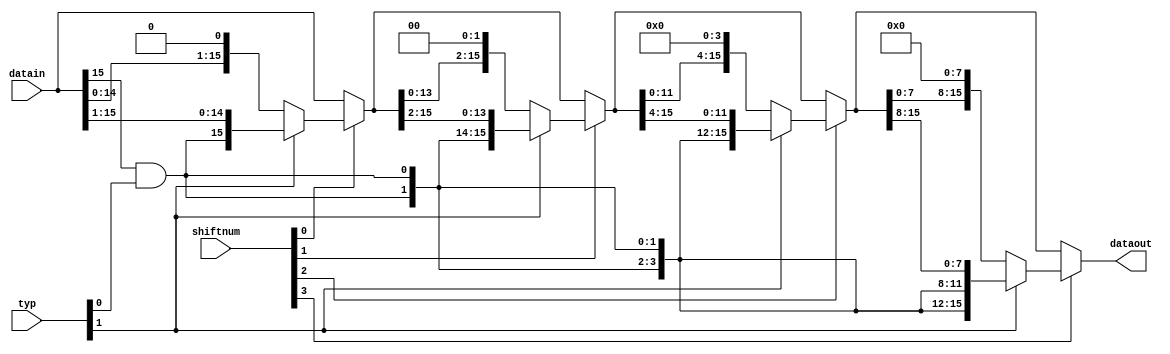
/*
Type: 00/01=Left Shift
10=Right Shift, 0 Filled
11=Right Shift,with symbol extent
*/
module bshifter16
(
    input [15:0]datain,
    input [1:0]typ,
    input [3:0]shiftnum,
    output [15:0]dataout
);
wire [15:0]shift0;
wire [15:0]shift1;
wire [15:0]shift2;
wire [15:0]shift3;
assign shift0=(
    (shiftnum[0])?
    (typ[1]?{{1{datain[15]&typ[0]}},datain[15:1]}:{datain[14:0],1'b0}):
    (datain));
assign shift1=(
    (shiftnum[1])?
    (typ[1]?{{2{datain[15]&typ[0]}},shift0[15:2]}:{shift0[13:0],2'b0}):
    (shift0)
    );
assign shift2=(
    (shiftnum[2])?
    (typ[1]?{{4{datain[15]&typ[0]}},shift1[15:4]}:{shift1[11:0],4'b0}):
    (shift1)
    );
assign shift3=(
    (shiftnum[3])?
    (typ[1]?{{8{datain[15]&typ[0]}},shift2[15:8]}:{shift2[7:0],8'b0}):
    (shift2)
    );
assign dataout=shift3;




endmodule